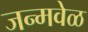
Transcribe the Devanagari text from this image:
जन्मवेळ